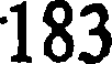
183